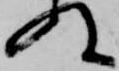
ぬ